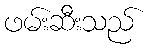
ဖမ်းဆီးသည်